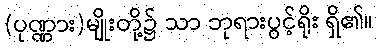
(ပုဏ္ဏား)မျိုးတို့၌ သာ ဘုရားပွင့်ရိုး ရှိ၏။